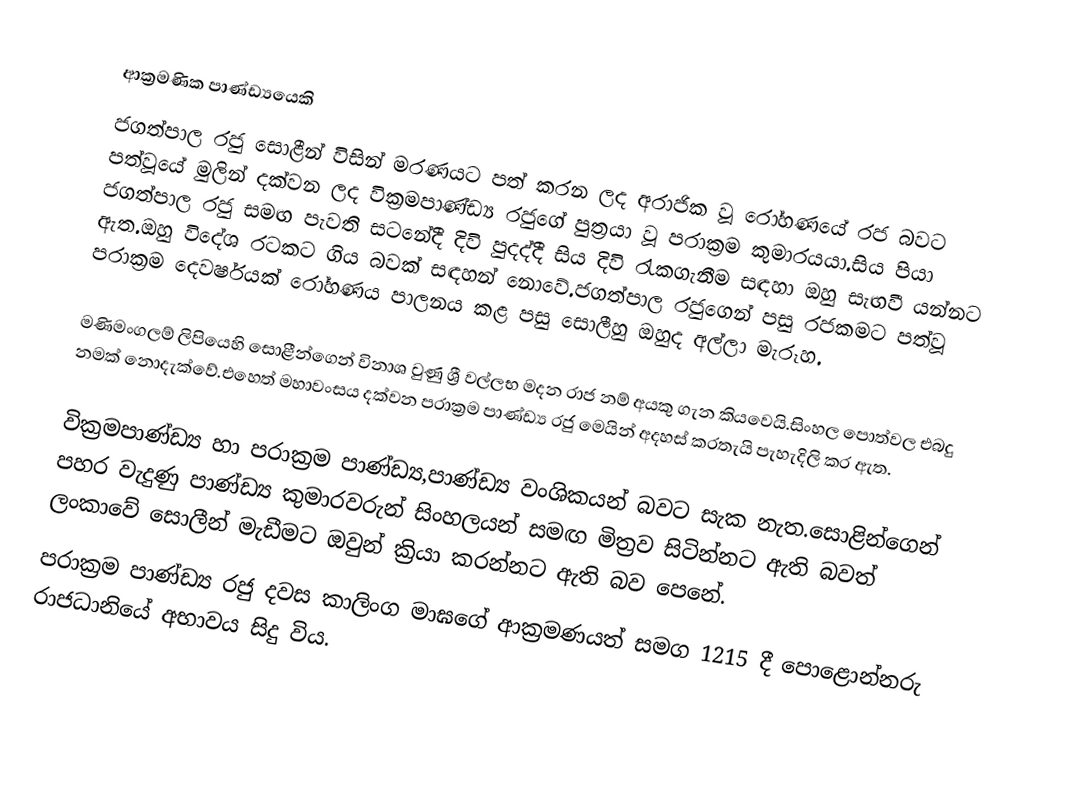
ආක්‍රමණික පාණ්ඩ්‍යයෙකි
ජගත්පාල රජු සොළීන් විසින් මරණයට පත් කරන ලද අරාජික වූ රෝහණයේ රජ බවට පත්වූයේ මුලින් දක්වන ලද වික්‍රමපාණ්ඩ්‍ය රජුගේ පුත්‍රයා වූ පරාක්‍රම කුමාරයයා.සිය පියා ජගත්පාල රජු සමඟ පැවති සටනේදී දිවි පුදද්දී සිය දිවි රැකගැනීම සඳහා ඔහු සැඟවී යන්නට ඇත.ඔහු විදේශ රටකට ගිය බවක් සඳහන් නොවේ.ජගත්පාල රජුගෙන් පසු රජකමට පත්වූ පරාක්‍රම දෙවර්ෂයක් රෝහණය පාලනය කළ පසු සොලීහු ඔහුද අල්ලා මැරූහ.

මණිමංගලම් ලිපියෙහි සොළීන්ගෙන් විනාශ වුණු ශ්‍රී වල්ලභ මදන රාජ නම් අයකු ගැන කියවෙයි.සිංහල පොත්වල එබදු නමක් නොදැක්වේ.එහෙත් මහාවංසය දක්වන පරාක්‍රම පාණ්ඩ්‍ය රජු මෙයින් අදහස් කරතැයි පැහැදිලි කර ඇත.

වික්‍රමපාණ්ඩ්‍ය හා පරාක්‍රම පාණ්ඩ්‍ය,පාණ්ඩ්‍ය වංශිකයන් බවට සැක නැත.සොළින්ගෙන් පහර වැදුණු පාණ්ඩ්‍ය කුමාරවරුන් සිංහලයන් සමඟ මිත්‍රව සිටින්නට ඇති බවත් ලංකාවේ සොලීන් මැඩීමට ඔවුන් ක්‍රියා කරන්නට ඇති බව පෙනේ.
පරාක්‍රම පාණ්ඩ්‍ය රජු දවස කාලිංග මාඝගේ ආක්‍රමණයත් සමග 1215 දී පොළොන්නරු රාජධානියේ අභාවය සිදු විය.